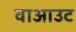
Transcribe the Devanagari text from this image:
वाआउट